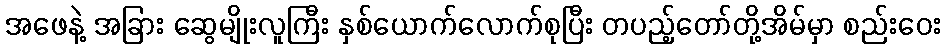
အဖေနဲ့ အခြား ဆွေမျိုးလူကြီး နှစ်ယောက်လောက်စုပြီး တပည့်တော်တို့အိမ်မှာ စည်းဝေး